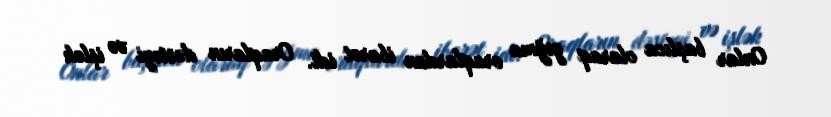
Onlar başlıca olaraq yığma oraqlardan ibarət idi. Oraqların dəstəyi və işlək